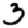
Digit: 3